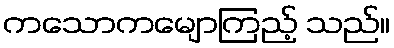
ကသောကမျောကြည့် သည်။